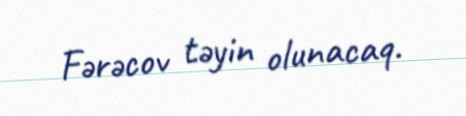
Fərəcov təyin olunacaq.